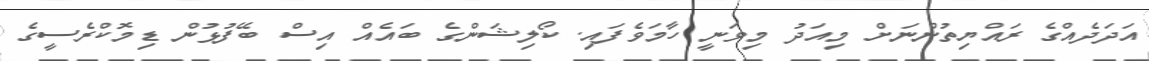
އަދަދެއްގެ ރައްޔިތުންނަށް މިއަދު މިވަނީ ހާމަވެފައި. ކޯލިޝަންގެ ބައެއް އިސް ބޭފުޅުން ޑިމޮކްރެސީގެ